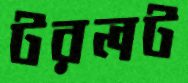
টরলট